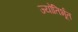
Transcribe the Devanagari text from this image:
ज्योतिर्भूत